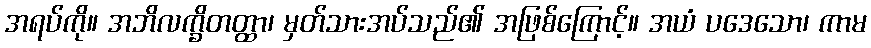
အရပ်ကို။ အဘိလက္ခိတတ္ထာ၊ မှတ်သားအပ်သည်၏ အဖြစ်ကြောင့်။ အယံ ပဒေသော၊ ကာမ